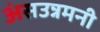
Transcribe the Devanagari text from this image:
अंसउन्नमनी